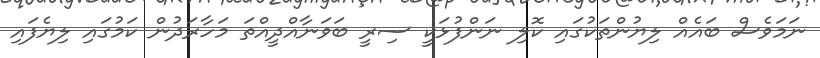
ނަމަވެސް ބައެއް ލިޔުންތަކުގައި ކޮލި ނަންފުޅަކީ ސިރީ ބަވަނާއްދީއްތަ މަހާރަދުން ކަމުގައި ލިޔެފައި